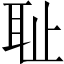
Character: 耻